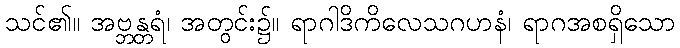
သင်၏။ အဗ္ဘန္တရံ၊ အတွင်း၌။ ရာဂါဒိကိလေသဂဟနံ၊ ရာဂအစရှိသော